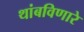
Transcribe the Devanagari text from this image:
थांबविणारे